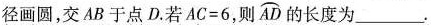
径画圆，交AB于点D.若$$AC=6$$，则\widehat{AD}的长度为___.